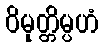
ဝိမုတ္တိမ္ပဟံ